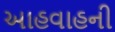
આહવાહની